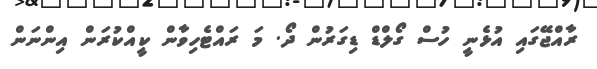
ރާއްޖޭގައި އުޅެނީ ހުސް ގޯލްޑް ޑިގަރުން ދޯ. މަ ރައްޓެހިވާން ކީއްކުރަން އިންނަން